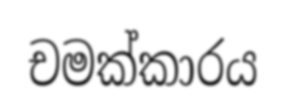
චමක්කාරය